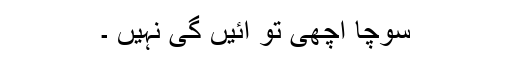
سوچا اچھی تو آئیں گی نہیں ۔